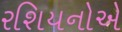
રશિયનોએ